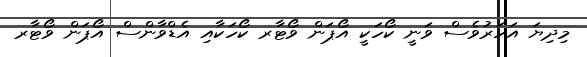
މިދިޔަ އަހަރުވެސް ވަނީ ކޯހަކީ އޯޕަން ވޯޓާރ ކޯހަކާއި އެޑްވާންސް އޯޕަން ވޯޓާރ